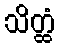
သိတ္ထံ